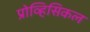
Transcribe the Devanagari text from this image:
प्रोव्हिसिकल